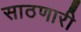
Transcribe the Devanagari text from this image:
साठणारी